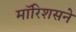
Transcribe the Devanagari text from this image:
मॉरिशसने